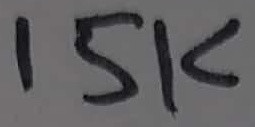
Text: 15K